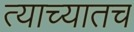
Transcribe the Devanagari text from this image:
त्याच्यातच